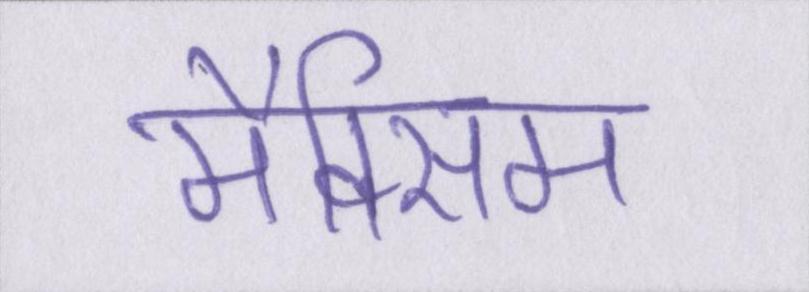
मैक्सिम